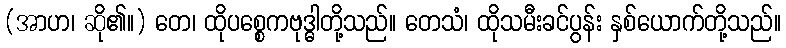
(အာဟ၊ ဆို၏။) တေ၊ ထိုပစ္စေကဗုဒ္ဓါတို့သည်။ တေသံ၊ ထိုသမီးခင်ပွန်း နှစ်ယောက်တို့သည်။